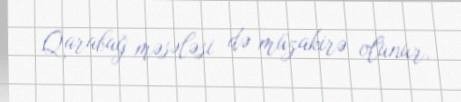
Qarabağ məsələsi də müzakirə olunur.